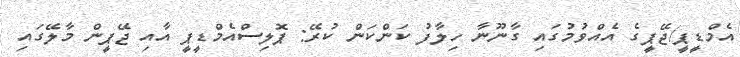
އެމްޑީޕީ/ޖޭޕީގެ އެއްވުމުގައި ގާނޫނާ ހިލާފު ކަންކަން ކުރޭ: ޕޮލިސްއެމްޑީޕީ އާއި ޖޭޕީން މާލޭގައި